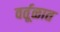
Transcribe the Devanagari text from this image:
वर्तूळात